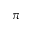
\pi